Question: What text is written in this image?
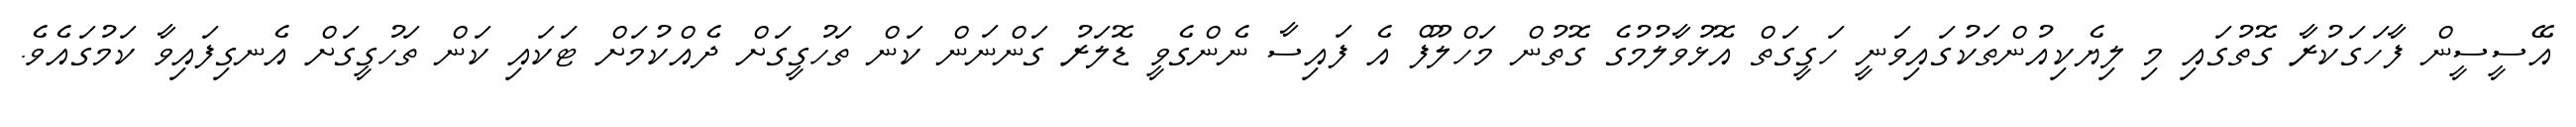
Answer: އޭސީސީން ފާހަގަކުރާ ގޮތުގައި މި ލިޔެކިއުންތަކުގައިވަނީ ހަގީގަތް އޮޅުވާލުމުގެ ގޮތުން މަހްލޫފް އެ ފައިސާ ނެންގެވީ ޑޮލަރު ގަންނަން ކަން ތަހުގީގަށް ދެއްކުމަށް ޓަކައި ކަން ތަހުގީގަށް އެނގިފައިވާ ކަމުގައެވެ.